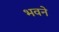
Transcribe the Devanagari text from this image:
भवने